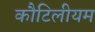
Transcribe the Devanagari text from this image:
कौटिलीयम